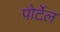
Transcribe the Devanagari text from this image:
पोर्टेल